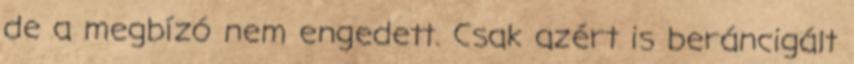
de a megbízó nem engedett. Csak azért is beráncigált